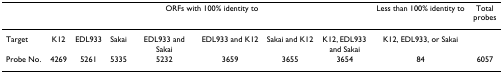
<table><thead><tr><td></td><td></td><td></td><td colspan="4"><b>ORFs with 100% identity to</b></td><td></td><td><b>Less than 100% identity to</b></td><td><b>Total probes</b></td></tr></thead><tbody><tr><td>Target</td><td>K12</td><td>EDL933</td><td>Sakai</td><td>EDL933 and Sakai</td><td>EDL933 and K12</td><td>Sakai and K12</td><td>K12, EDL933 and Sakai</td><td>K12, EDL933, or Sakai</td><td></td></tr><tr><td>Probe No.</td><td>4269</td><td>5261</td><td>5335</td><td>5232</td><td>3659</td><td>3655</td><td>3654</td><td>84</td><td>6057</td></tr></tbody></table>